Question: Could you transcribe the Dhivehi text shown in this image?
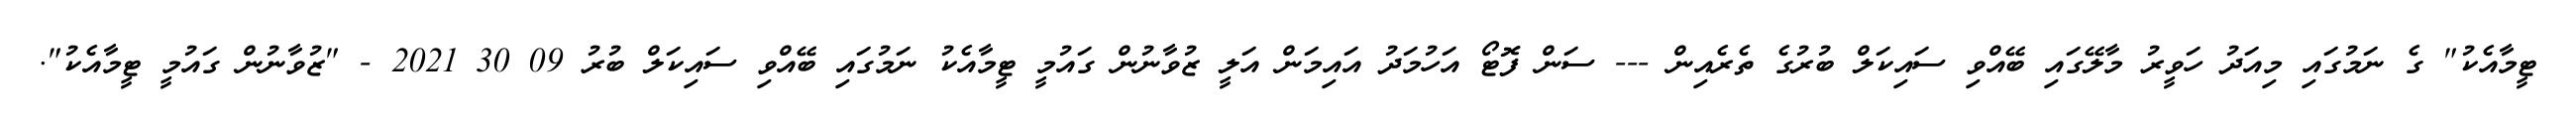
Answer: ޓީމާއެކު" ގެ ނަމުގައި މިއަދު ހަވީރު މާލޭގައި ބޭއްވި ސައިކަލް ބުރުގެ ތެރެއިން --- ސަން ފޮޓޯ އަހުމަދު އައިމަން އަލީ ޒުވާނުން ގައުމީ ޓީމާއެކު ނަމުގައި ބޭއްވި ސައިކަލް ބުރު 09 30 2021 - "ޒުވާނުން ގައުމީ ޓީމާއެކު".